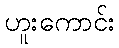
ဟူးကောင်း